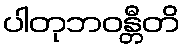
ပါတုဘဝန္တီတိ